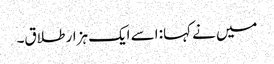
میں نے کہا: اسے ایک ہزار طلاق۔